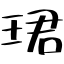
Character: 珺